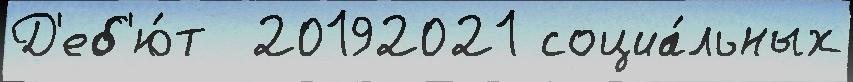
Д'еб'ю́т  20192021 социа́льных